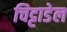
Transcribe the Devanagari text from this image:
चिट्टाडेल